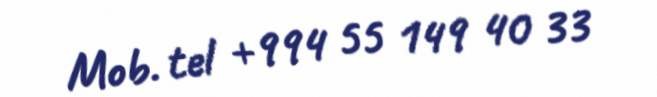
Mob. tel +994 55 149 40 33